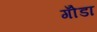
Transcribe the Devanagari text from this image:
गोँडा